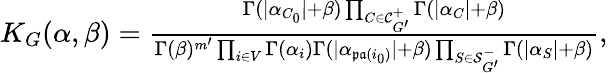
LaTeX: \begin{array}{r}{K_{G}(\alpha,\beta)=\frac{\Gamma(|\alpha_{C_{0}}|+\beta)\prod_{C\in\mathcal{C}_{G^{\prime}}^{+}}\Gamma(|\alpha_{C}|+\beta)}{\Gamma(\beta)^{m^{\prime}}\prod_{i\in V}\Gamma(\alpha_{i})\Gamma(|\alpha_{\mathfrak{pa}(i_{0})}|+\beta)\prod_{S\in\mathcal{S}_{G^{\prime}}^{-}}\Gamma(|\alpha_{S}|+\beta)},}\end{array}